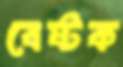
বেষ্টক